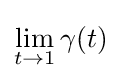
\lim _{t\to 1}\gamma (t)